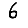
Digit: 6